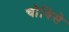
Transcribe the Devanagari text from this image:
चौबिसे